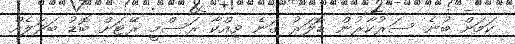
ކަމަށް ބުނެ ސަރުކާރުން ޑޮލަރު ގަނެ ވިއްކާ ރަސްމީ ރޭޓަށް ބޮޑު ބަދަލެއް